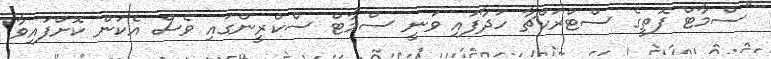
"ސްމާޓް ފޮތީގެ ސްޓްރަކްޗާ ހަދާފައި ވަނީ ސްމާޓް ސްކްރީންގައި ވެސް އެކަން ކޮށްފައިވާ